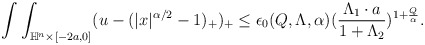
\begin{align*} \begin{aligned} \int\int_{\mathbb{H}^n\times[-2a,0]}(u-(|x|^{\alpha/2}-1)_+)_+\leq\epsilon_0(Q,\Lambda,\alpha)(\frac{\Lambda_1 \cdot a}{1+\Lambda_2})^{1+\frac{Q}{\alpha}}. \end{aligned} \end{align*}